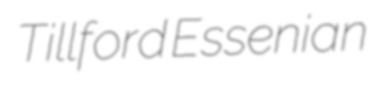
Tillford Essenian